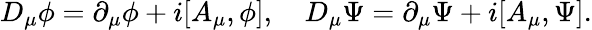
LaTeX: D_{\mu}\phi=\partial_{\mu}\phi+i[A_{\mu},\phi],\quad D_{\mu}\Psi=\partial_{\mu}\Psi+i[A_{\mu},\Psi].